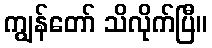
ကျွန်တော် သိလိုက်ပြီ။